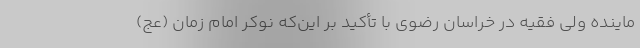
ماینده ولی فقیه در خراسان رضوی با تأکید بر این‌که نوکر امام زمان (عج)